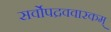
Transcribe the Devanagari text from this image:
सर्वोपद्रववारकम्